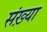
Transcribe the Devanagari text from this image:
संख़्या